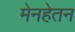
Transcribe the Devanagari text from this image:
मेनहेतन